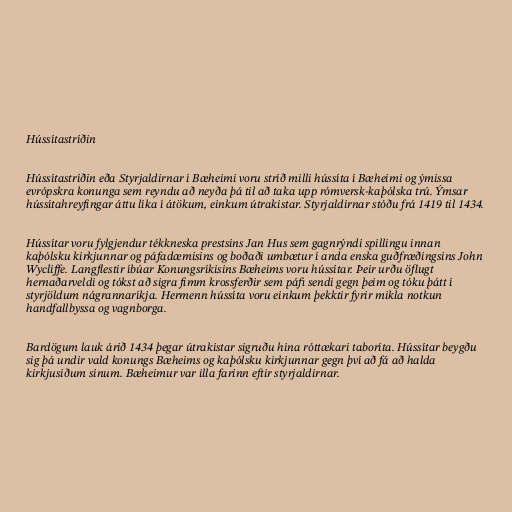
Hússítastríðin

Hússítastríðin eða Styrjaldirnar í Bæheimi voru stríð milli hússíta í Bæheimi og ýmissa
evrópskra konunga sem reyndu að neyða þá til að taka upp rómversk-kaþólska trú. Ýmsar
hússítahreyfingar áttu líka í átökum, einkum útrakistar. Styrjaldirnar stóðu frá 1419 til 1434.

Hússítar voru fylgjendur tékkneska prestsins Jan Hus sem gagnrýndi spillingu innan
kaþólsku kirkjunnar og páfadæmisins og boðaði umbætur í anda enska guðfræðingsins John
Wycliffe. Langflestir íbúar Konungsríkisins Bæheims voru hússítar. Þeir urðu öflugt
hernaðarveldi og tókst að sigra fimm krossferðir sem páfi sendi gegn þeim og tóku þátt í
styrjöldum nágrannaríkja. Hermenn hússíta voru einkum þekktir fyrir mikla notkun
handfallbyssa og vagnborga.

Bardögum lauk árið 1434 þegar útrakistar sigruðu hina róttækari taboríta. Hússítar beygðu
sig þá undir vald konungs Bæheims og kaþólsku kirkjunnar gegn því að fá að halda
kirkjusiðum sínum. Bæheimur var illa farinn eftir styrjaldirnar.